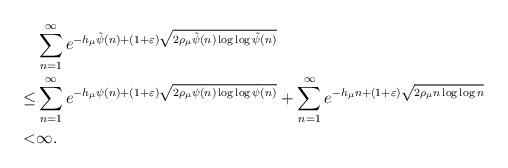
LaTeX: \begin{align*}&\sum_{n=1}^\infty e^{-h_\mu\tilde{\psi}(n)+(1+\varepsilon)\sqrt{2\rho_\mu\tilde{\psi}(n)\log\log\tilde{\psi}(n)}}\\\leq &\sum_{n=1}^\infty e^{-h_\mu\psi(n)+(1+\varepsilon)\sqrt{2\rho_\mu\psi(n)\log\log\psi(n)}}+\sum_{n=1}^\infty e^{-h_\mu n+(1+\varepsilon)\sqrt{2\rho_\mu n\log\log n}}\\<&\infty.\end{align*}